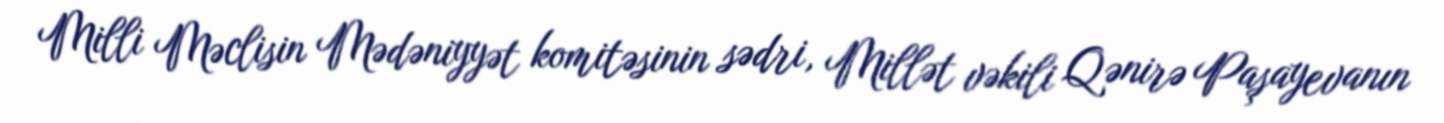
Milli Məclisin Mədəniyyət komitəsinin sədri, Millət vəkili Qənirə Paşayevanın